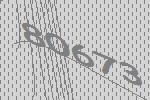
80673